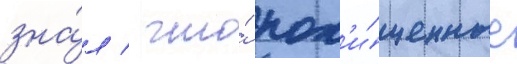
зна́л / что́ пох'и́щенные